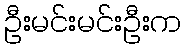
ဦးမင်းမင်းဦးက